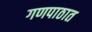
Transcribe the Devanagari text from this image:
गणपाठात